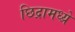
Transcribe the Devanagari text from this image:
छिद्रामध्य्रे